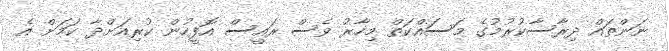
ނަންތައް ދިރާސާކުރުމުގެ މަސައްކަތް މިހާރު ވެސް ރައީސް އޮފީހުން ކުރިއަށްދާ ކަމަށް އެ